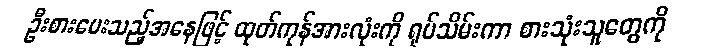
ဦးစားပေးသည့်အနေဖြင့် ထုတ်ကုန်အားလုံးကို ရုပ်သိမ်းကာ စားသုံးသူတွေကို